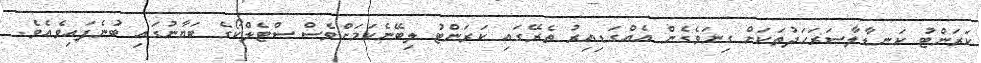
ކަރަންޓު ކަނޑާލާސަރަޙަދުތަކަށް ގިނަވެގެން އެއްގަޑިއިރު ތެރޭގައި ކަރަންޓު ލިބޭނެކަމަށްވެސް ސްޓެލްކޯގެ ބަޔާނުގައި ބުނެފައިވެއެވެ.